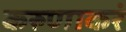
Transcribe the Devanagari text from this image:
करुणाकरं